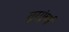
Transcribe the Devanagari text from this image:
तुरगुंबई